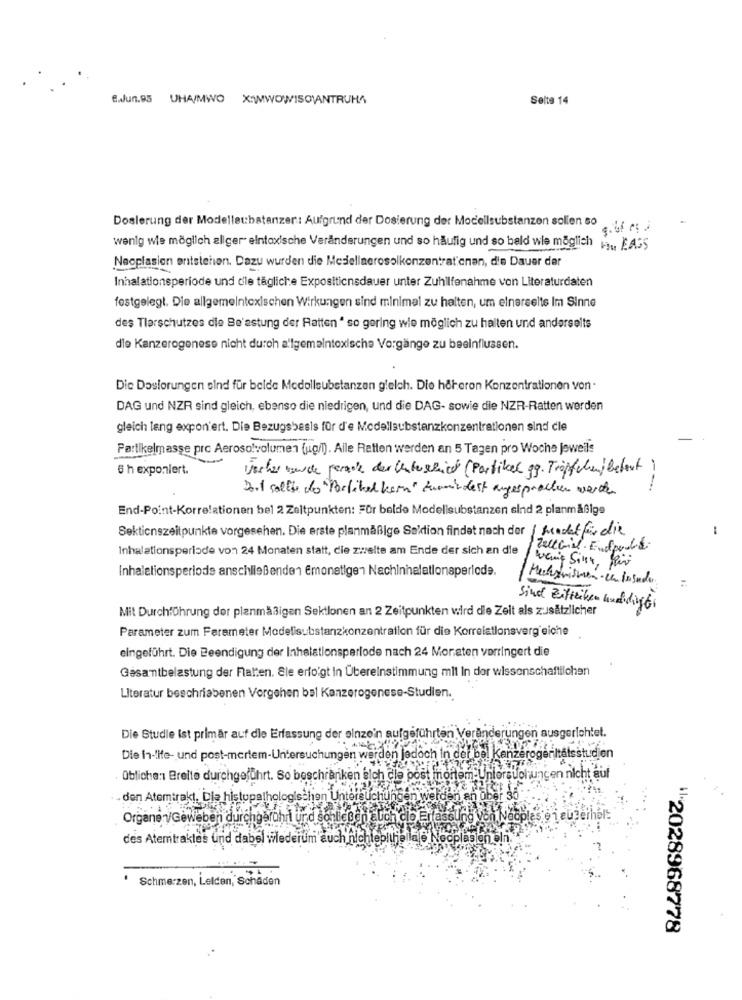
8.Jun.95 UHA/MWO X:WWOWISO)ANTRUHA
Seite 14
Dosierung der Modelleu:batanzer: Aufgrund der Dosierung der Mocellsubstanzen sollen so
wenig wie möglich allger eintoxische Veränderungen und so häufig und so bald wie möglich ... EASS
Neoplasien entstehen. Dazu wurden die Mesiellaerosolkonzentrationen, d'e Dauer der
Inhalationsperiode und die tägliche Expositionsdauer unter Zuhilfenahme von Literaturdaten
festgelegt. Die allgemeintexischen Wirkungen sind minimal zu halten, um einerseits Im Sinne
des Tlerschutzes die Be'estung der Ratten " so gering wie möglich zu halten und anderselts
die Kanzerogenese nicht durch allgemeintoxische Vorgänge zu beeinflussen.
Die Dosierungen sind für beide Medollsubstanzen gleich. Die höheron Konzentrationen von·
DAG und NZR sind gleich, ebenso die niedrigen, und die DAG- sowie die NZR-Ratten werden
gleich lang expon ert. Die Bezugsbasis für d'e Modellsubstanzkonzentrationen sind cle
Partikelmasse prc Aerosolvolumen (ug/l). Alle Retten werden an 5 Tagen pro Woche jeweils
6 h exponiert.
Vorher wurde gerade der Unterschied (Partikel gg. Tröpfchen/bebaut !
Dort sollte do Porlibel kern" zumindest angesprochen worth
End-Point-Korrelationen bel 2 Zeitpunkten: Für belde Modellsubstanzen sind 2 planmäßige
Sektionszeitpunkte vorgesehen. Die erste planmäßige Sektion findet nach der mendetfür die
-
Inhalationsperiode von 24 Monaten statt, die zweite am Ende der sich an die
Zelleril Endpoliti
Inhaletionsperiode anschließenden Emonetigen Nachinhalationsperiode.
Wenig Sint, Par
Mit Durchführung der planmäßigen Sektionen an 2 Zeitpunkten wird die Zeit als zusätzlicher
Sind Zitteiben huldigti
Parameter zum Ferameter Modelisubstanzkonzentration für die Korrelationsverg eiche
eingeführt. Die Beendigung der Inhalationsparlode nach 24 Monaten verringert die
Gesamtbelastung der Falten. Ele erfolgt in Übereinstimmung mil In dor wissenschaftlichen
Literatur beschriebenen Vorgehen bal Kanzerogenese-Studien.
Die Studie ist primär auf die Erfassung der einzein aufgeführten Veränderungen ausgerichtet.
Die In-life- und post-mertem-Untersuchungen werden jedoch in der bel KanzerogerItätsstudien
übliche: Breite durchgeführt. So beschränken sich cle post mortem:Untersuchungen nicht auf
- den Atemtrakt. Dla histopathologischen Untersuchungen werden an über 30
Organenv/Geweben durchgeführt urd schließen auch clo Erfassung von Necples @ 1 euperhol:
des Atemtrakles und dabel wiederum auch nichtepitheliale Nocplas on oln. "
' Schmerzen, Lelden, Schaden
2028968778